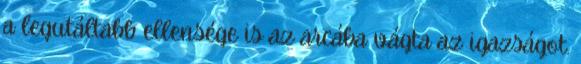
a legutáltabb ellensége is az arcába vágta az igazságot.